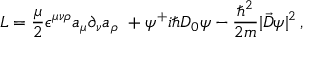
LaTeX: { \cal L } = { \frac { \mu } { 2 } } \epsilon ^ { \mu \nu \rho } a _ { \mu } \partial _ { \nu } a _ { \rho } \ + \psi ^ { + } i \hbar D _ { 0 } \psi - { \frac { \hbar ^ { 2 } } { 2 m } } | \vec { D } \psi | ^ { 2 } \, ,